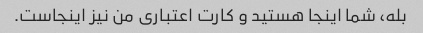
بله، شما اینجا هستید و کارت اعتباری من نیز اینجاست.